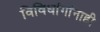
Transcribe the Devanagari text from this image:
विविधांगांनाही